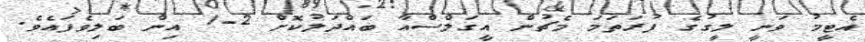
އެޓީމު ވަނީ ލީގުގެ ފުރަތަމަ މެޗުން އީގަލްސްއާ ބައްދަލުކޮށް 2-1 އިން ބަލިވެފައެވެ.